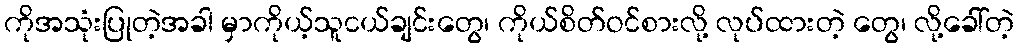
ကိုအသုံးပြုတဲ့အခါ မှာကိုယ့်သူငယ်ချင်းတွေ၊ ကိုယ်စိတ်ဝင်စားလို့ လုပ်ထားတဲ့ တွေ၊ လို့ခေါ်တဲ့